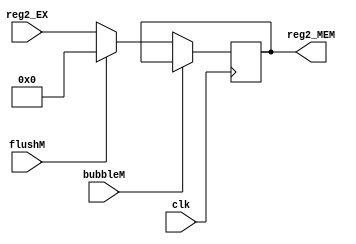
`timescale 1ns / 1ps
//////////////////////////////////////////////////////////////////////////////////
// Company: 
// Engineer: 
// 
// Design Name: 
// Module Name: Reg2_MEM
// Project Name: 
// Target Devices: 
// Tool Versions: 
// Description: 
// 
// Dependencies: 
// 
// Revision:
// Revision 0.01 - File Created
// Additional Comments:
// 
//////////////////////////////////////////////////////////////////////////////////


module Reg2_MEM(
    input               clk,
    input               bubbleM,
    input               flushM,
    input       [31:0]  reg2_EX,
    output reg  [31:0]  reg2_MEM
    );
    
    initial begin
        reg2_MEM = 32'b0;
    end
    
    always @(posedge clk) begin
        if(!bubbleM)begin
            if(flushM)begin
                reg2_MEM <= 32'b0;
            end else begin
                reg2_MEM <= reg2_EX;
            end
        end
    end
endmodule